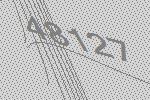
48127